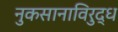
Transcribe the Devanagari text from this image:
नुकसानाविरुद्ध